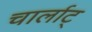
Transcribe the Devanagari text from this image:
चार्लाट्